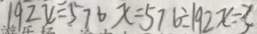
1 9 2 x = 5 7 6 x = 5 7 6 \div 1 9 2 x = 3